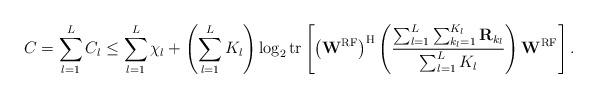
LaTeX: \begin{align*}C = \sum_{l=1}^L C_l \leq \sum_{l=1}^L \chi_{l} + \left(\sum_{l=1}^L K_l\right) \log_2 \mathrm{tr}\left[ \left(\mathbf{W}^{\mathrm{RF}}\right)^\mathrm{H} \left(\frac{\sum_{l=1}^L \sum_{k_l=1}^{K_l} \mathbf{R}_{k_l}}{\sum_{l=1}^L K_l} \right) \mathbf{W}^{\mathrm{RF}} \right] . \end{align*}